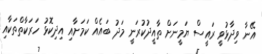
އޭނާ ވިދާޅުވީ ރައީސް ޔަމީނަށް ތާއީދުކުރަނީ މަދު ބައެއް ކަމަށާއި އިދިކޮޅު ހަރަކާތްތަކާއި